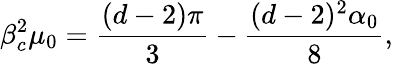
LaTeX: \beta_{c}^{2}\mu_{0}=\frac{(d-2)\pi}{3}-\frac{(d-2)^{2}\alpha_{0}}{8},